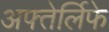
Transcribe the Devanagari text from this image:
अफ्तेर्लिफे